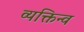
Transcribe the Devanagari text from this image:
व्यक्तिन्व